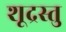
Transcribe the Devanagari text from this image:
शूद्रस्तु